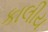
કાલીય